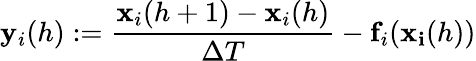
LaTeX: \mathbf{y}_{i}(h):=\frac{\mathbf{x}_{i}(h+1)-\mathbf{x}_{i}(h)}{\Delta T}-\mathbf{f}_{i}(\mathbf{x_{i}}(h))